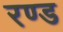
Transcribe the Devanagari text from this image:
रण्ड